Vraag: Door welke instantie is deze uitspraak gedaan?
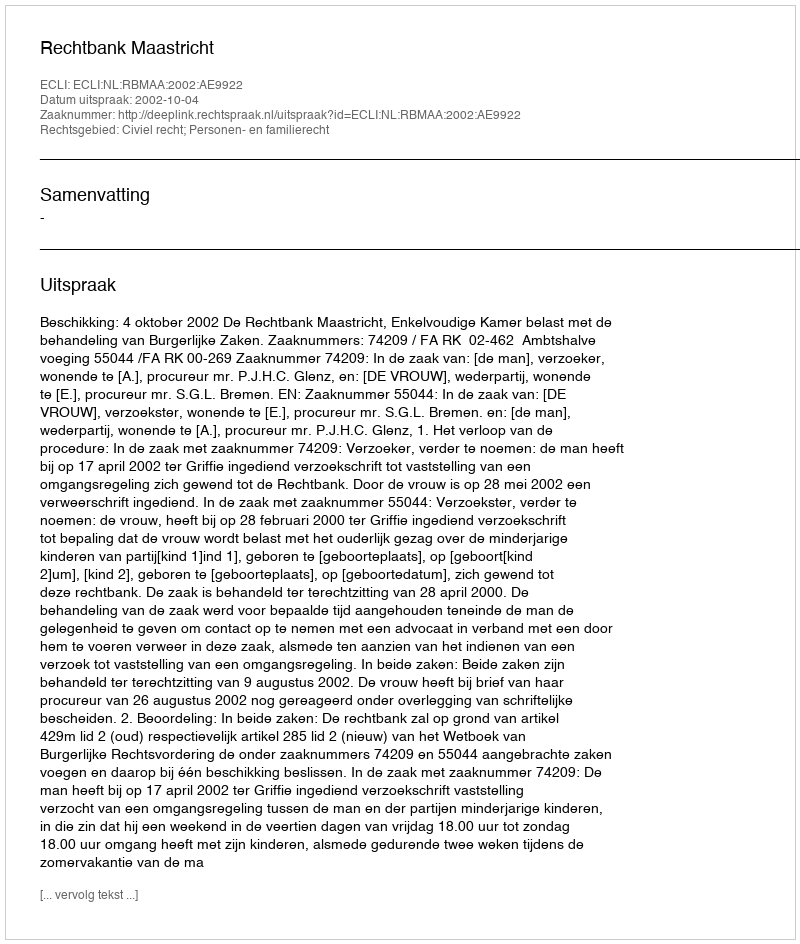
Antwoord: Rechtbank Maastricht